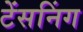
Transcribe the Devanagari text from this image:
टेंसनिंग